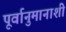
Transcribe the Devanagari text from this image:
पूर्वानुमानाशी